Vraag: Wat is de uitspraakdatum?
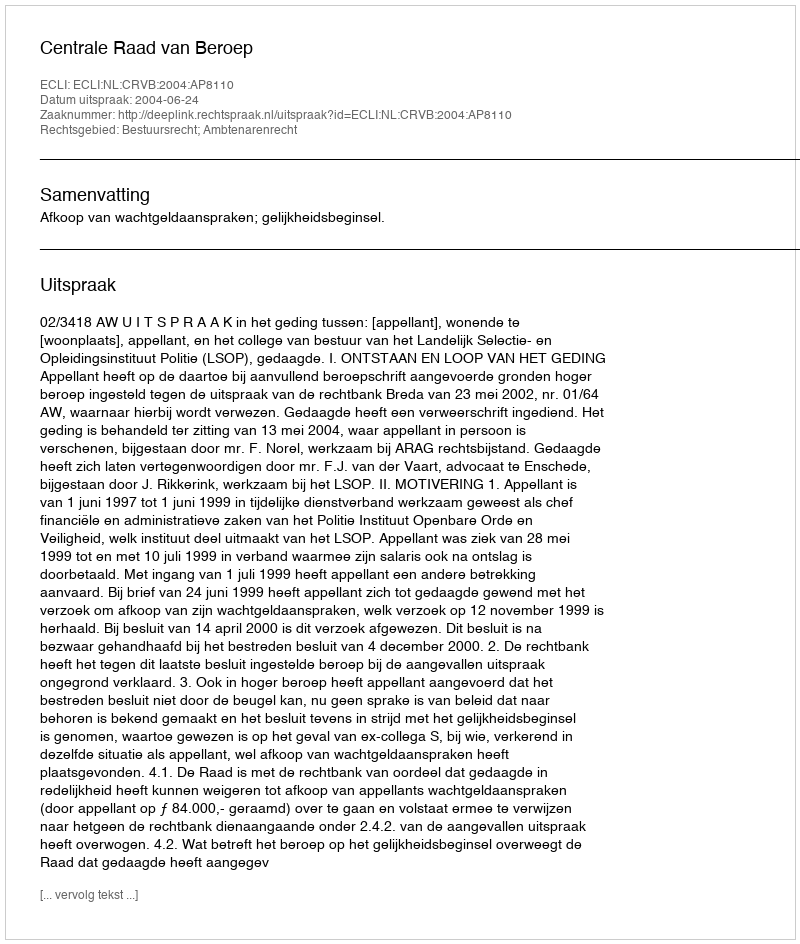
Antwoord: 2004-06-24